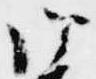
御